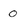
Character: 0